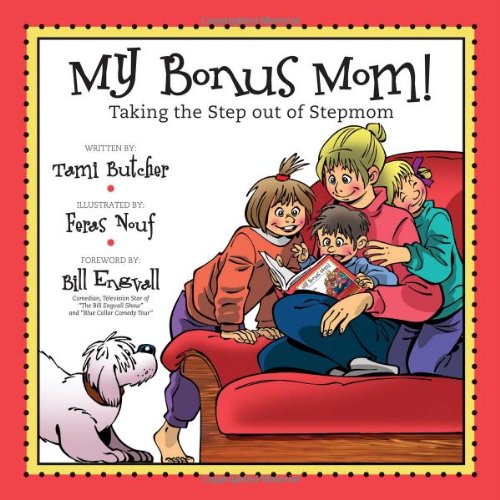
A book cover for My Bonus Mom!: Taking the Step Out of Stepmom; Tami Butcher; Parenting & Relationships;